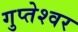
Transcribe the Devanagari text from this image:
गुप्‍तेश्‍वर